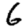
Digit: 6